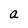
Character: a